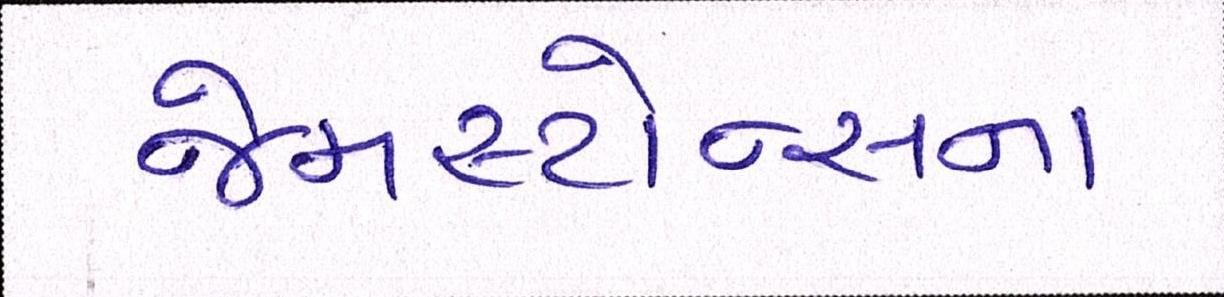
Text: જેમસ્ટોન્સના